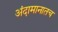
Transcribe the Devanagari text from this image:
अंदामानातच